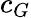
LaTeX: c_{G}